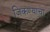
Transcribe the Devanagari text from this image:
जिकण्याचा